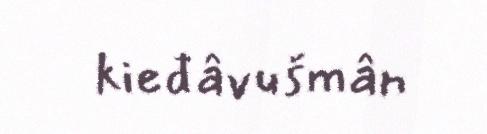
kieđâvušmân